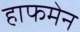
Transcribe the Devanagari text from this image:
हाफमेन